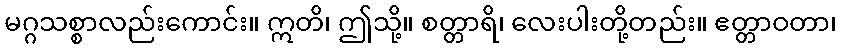
မဂ္ဂသစ္စာလည်းကောင်း။ ဣတိ၊ ဤသို့။ စတ္တာရိ၊ လေးပါးတို့တည်း။ ဧတ္တာဝတာ၊